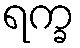
ရက္ခ